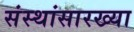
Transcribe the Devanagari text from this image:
संस्थांसारख्या